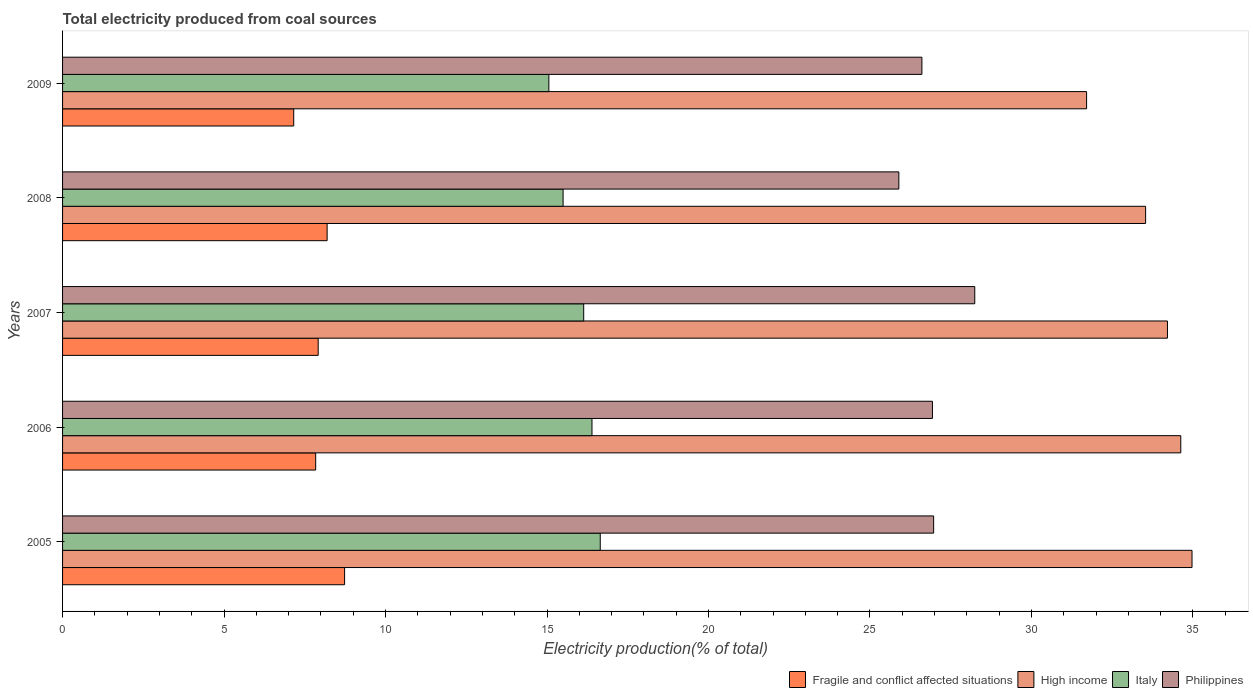
| Years | Fragile and conflict affected situations | High income | Italy | Philippines |
 | --- | --- | --- | --- | --- |
 | 2005 | 8.73 | 35 | 16.6 | 27 |
 | 2006 | 7.84 | 34.6 | 16.4 | 26.9 |
 | 2007 | 7.91 | 34.2 | 16.1 | 28.2 |
 | 2008 | 8.19 | 33.5 | 15.5 | 25.9 |
 | 2009 | 7.16 | 31.7 | 15.1 | 26.6 |